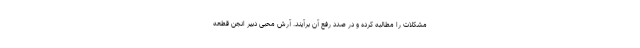
مشکلات را مطالبه کرده و در صدد رفع آن برآیند. آرش محبی دبیر انجن قطعه